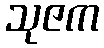
သုဇက